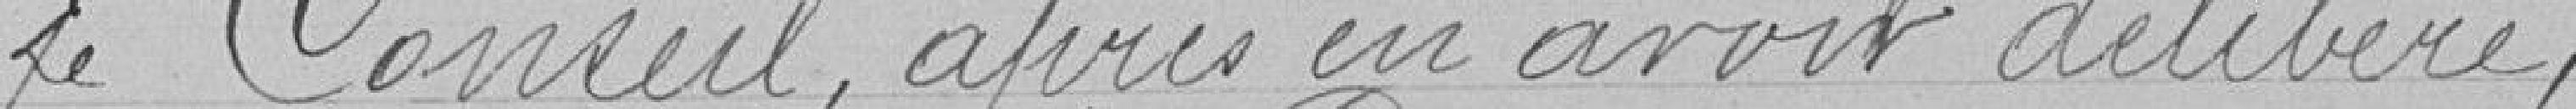
Le Conseil, après avoir délibéré,